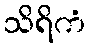
သိရိကံ